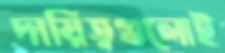
দায়িত্বগুলোই